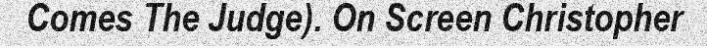
Comes The Judge). On Screen Christopher